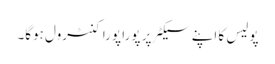
پولیس کا اپنے سیکٹر پر پورا پورا کنٹرول ہوگا۔